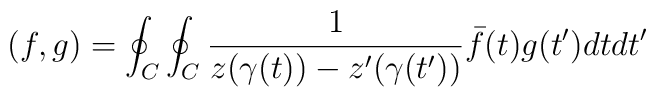
\left( f,g\right) =\oint_{C}\oint_{C}\frac{1}{z(\gamma (t))-z^{\prime}(\gamma (t^{\prime }))}\bar{f}(t)g(t^{\prime })dtdt^{\prime }